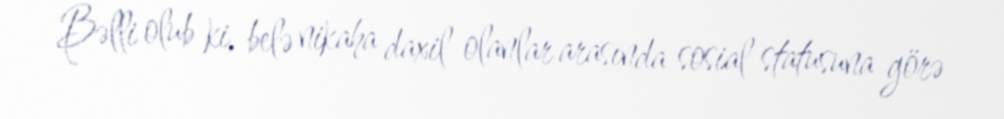
Bəlli olub ki, belə nikaha daxil olanlar arasında sosial statusuna görə